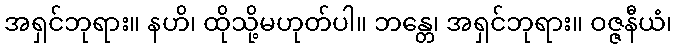
အရှင်ဘုရား။ နဟိ၊ ထိုသို့မဟုတ်ပါ။ ဘန္တေ၊ အရှင်ဘုရား။ ဝဇ္ဇနီယံ၊